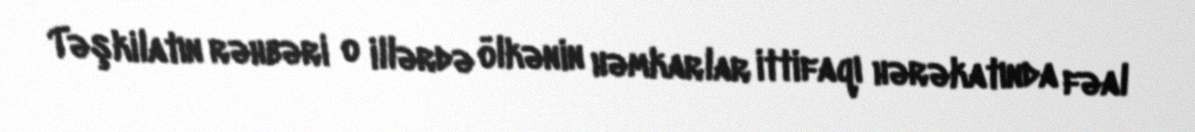
Təşkilatın rəhbəri o illərdə ölkənin həmkarlar ittifaqı hərəkatında fəal